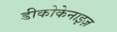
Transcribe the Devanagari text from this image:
डीकोकेनाइज़